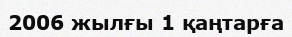
2006 жылғы 1 қаңтарға